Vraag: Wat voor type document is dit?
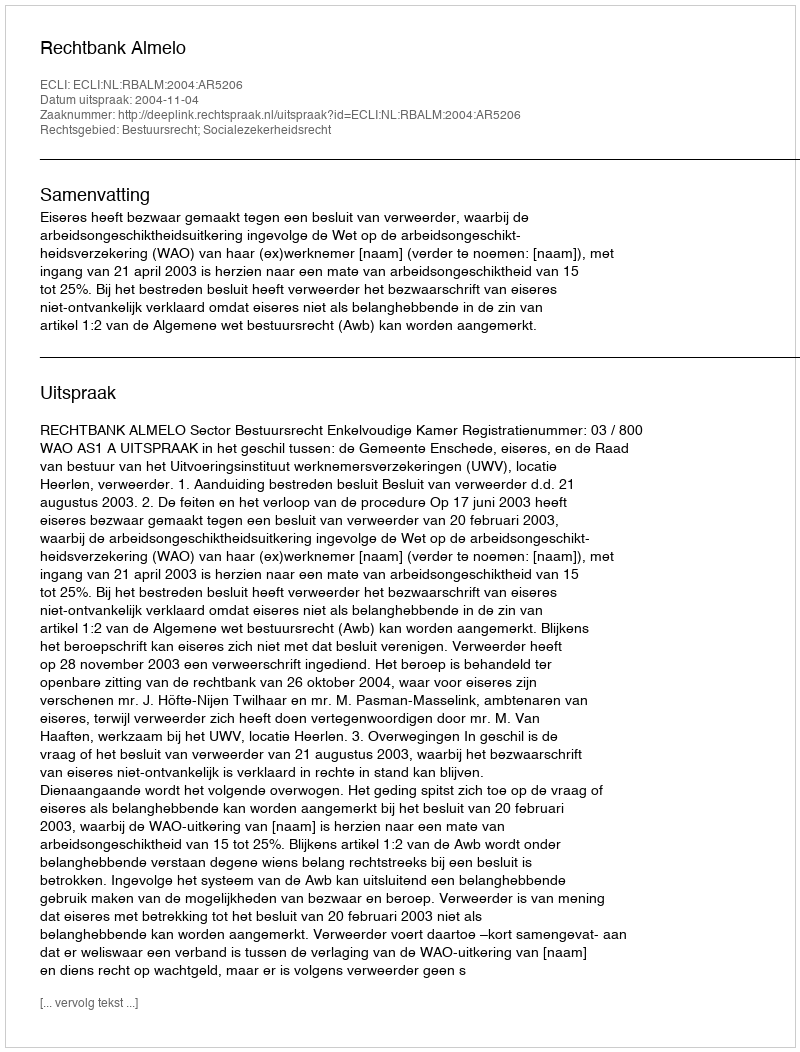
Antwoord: Uitspraak